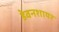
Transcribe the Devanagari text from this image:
डेवनशायर